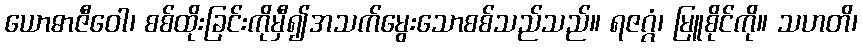
ယောဓာဇီဝေါ၊ စစ်ထိုးခြင်းကိုမှီ၍အသက်မွေးသောစစ်သည်သည်။ ရဇဂ္ဂံ၊ မြူစိုင်ကို။ သဟတိ၊